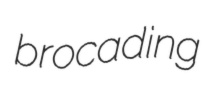
brocading